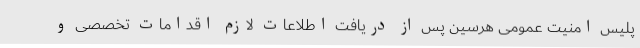
پلیس امنیت عمومی هرسین پس از دریافت اطلاعات لازم اقدامات تخصصی و